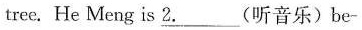
tree.He Meng is \underline{2.}___(听音乐)be-